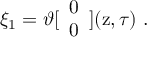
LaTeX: \xi _ { 1 } = \vartheta [ \begin{array} { c } { { 0 } } \\ { { 0 } } \end{array} ] ( \mathrm { z } , \tau ) \ .